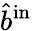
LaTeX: \hat{b}^{\mathrm{{in}}}